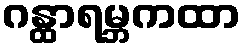
ဂန္ထာရမ္ဘကထာ